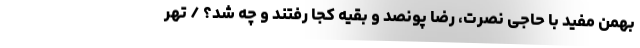
بهمن مفید با حاجی نصرت، رضا پونصد و بقیه کجا رفتند و چه شد؟ / تهر